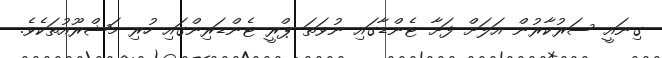
ގިނައީ ސަރުކާރުން އަލަށް ފަށާ ޓެންޑާގައި ނުވަތަ ޕްރީ ޓެންޑަރިންގައި ހުރި މަޝްރޫއުތަކެވެ.